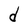
Character: d